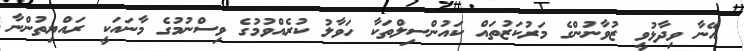
އޭނާ ވިދާޅުވީ ޒުވާނުންގެ މަރުކަޒުތައް ކައުންސިލްތަކާ ހަވާލު ކުރެއްވުމުގެ ވިސްނުމުގެ މާނައަކީ ރައްޔިތުންނާ